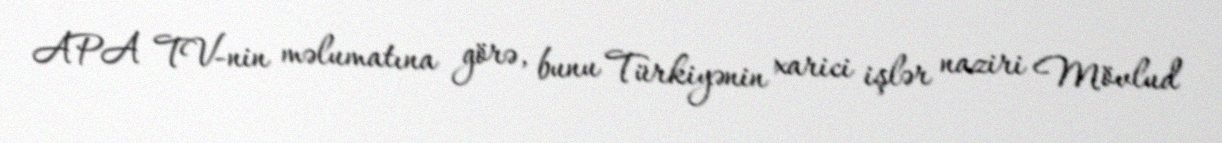
APA TV-nin məlumatına görə, bunu Türkiyənin xarici işlər naziri Mövlud